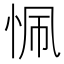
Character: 𢙜